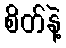
စိတ်နဲ့